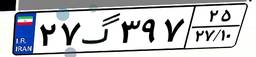
۲۷گ۳۹۷۲۵